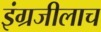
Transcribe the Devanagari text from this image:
इंग्रजीलाच